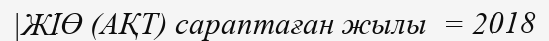
|ЖІӨ (АҚТ) сараптаған жылы  = 2018